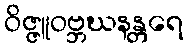
ဝိဇ္ဇူဝဗ္ဘဃနန္တရေ